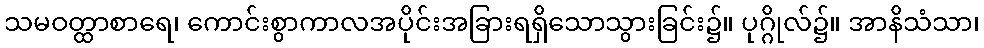
သမဝတ္ထာစာရေ၊ ကောင်းစွာကာလအပိုင်းအခြားရရှိသောသွားခြင်း၌။ ပုဂ္ဂိုလ်၌။ အာနိသံသာ၊